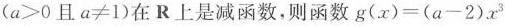
($$a>0$$且$$a\neq1$$)在R上是减函数，则函数$$g(x)=(a-2)x^{3}$$